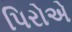
પિરોએ